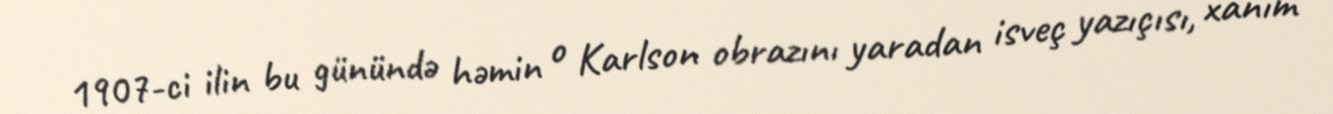
1907-ci ilin bu günündə həmin o Karlson obrazını yaradan isveç yazıçısı, xanım